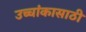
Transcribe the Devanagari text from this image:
उच्चांकासाठी